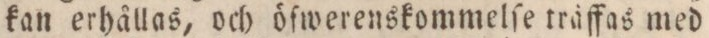
kan erhållas, och öfwerenskommelſe träffas med